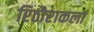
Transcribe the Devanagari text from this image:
रिठौराकलां